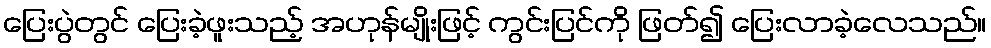
ပြေးပွဲတွင် ပြေးခဲ့ဖူးသည့် အဟုန်မျိုးဖြင့် ကွင်းပြင်ကို ဖြတ်၍ ပြေးလာခဲ့လေသည်။